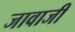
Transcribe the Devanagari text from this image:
जावाजी